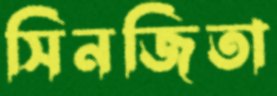
সিনজিতা